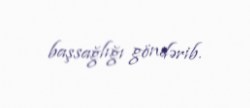
başsağlığı göndərib.